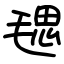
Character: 毸